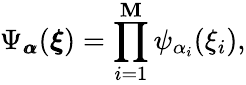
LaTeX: \Psi_{{\pmb{\alpha}}}({\boldsymbol{\xi}})=\prod_{i=1}^{\mathbf{M}}\psi_{\alpha_{i}}(\xi_{i}),